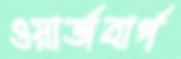
ওয়ার্জবার্গ